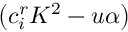
\left( c _ { i } ^ { r } K ^ { 2 } - { u \alpha } \right)